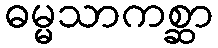
ဓမ္မသာကစ္ဆာ